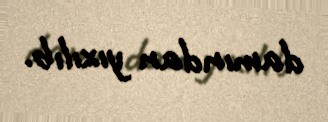
damından yıxılıb.